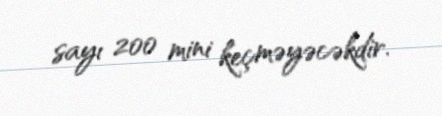
sayı 200 mini keçməyəcəkdir.